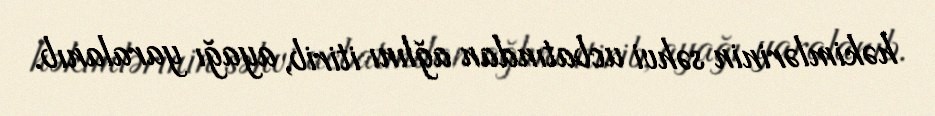
həkimlərinin səhvi ucbatından ağlını itirib, ayağı yaralanıb.